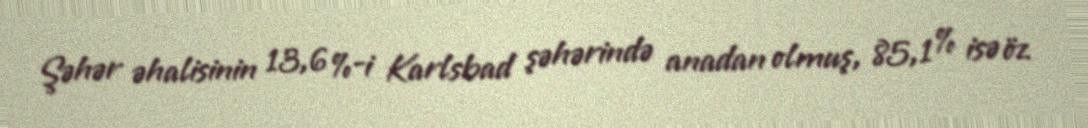
Şəhər əhalisinin 13,6 %-i Karlsbad şəhərində anadan olmuş, 85,1 % isə öz